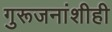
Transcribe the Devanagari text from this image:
गुरूजनांशीही